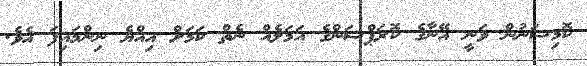
ކޮމިޝަނުން ވަނީ އޭނާގެ ކޮރަޕްޝަންގެ އަމަލެއް ނެތް ކަމަށް އިއްޔެ ނިންމައިފަ އެވެ.